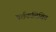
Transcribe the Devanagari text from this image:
वर्तकलिखित